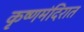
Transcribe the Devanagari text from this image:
कृष्णमंदिरात